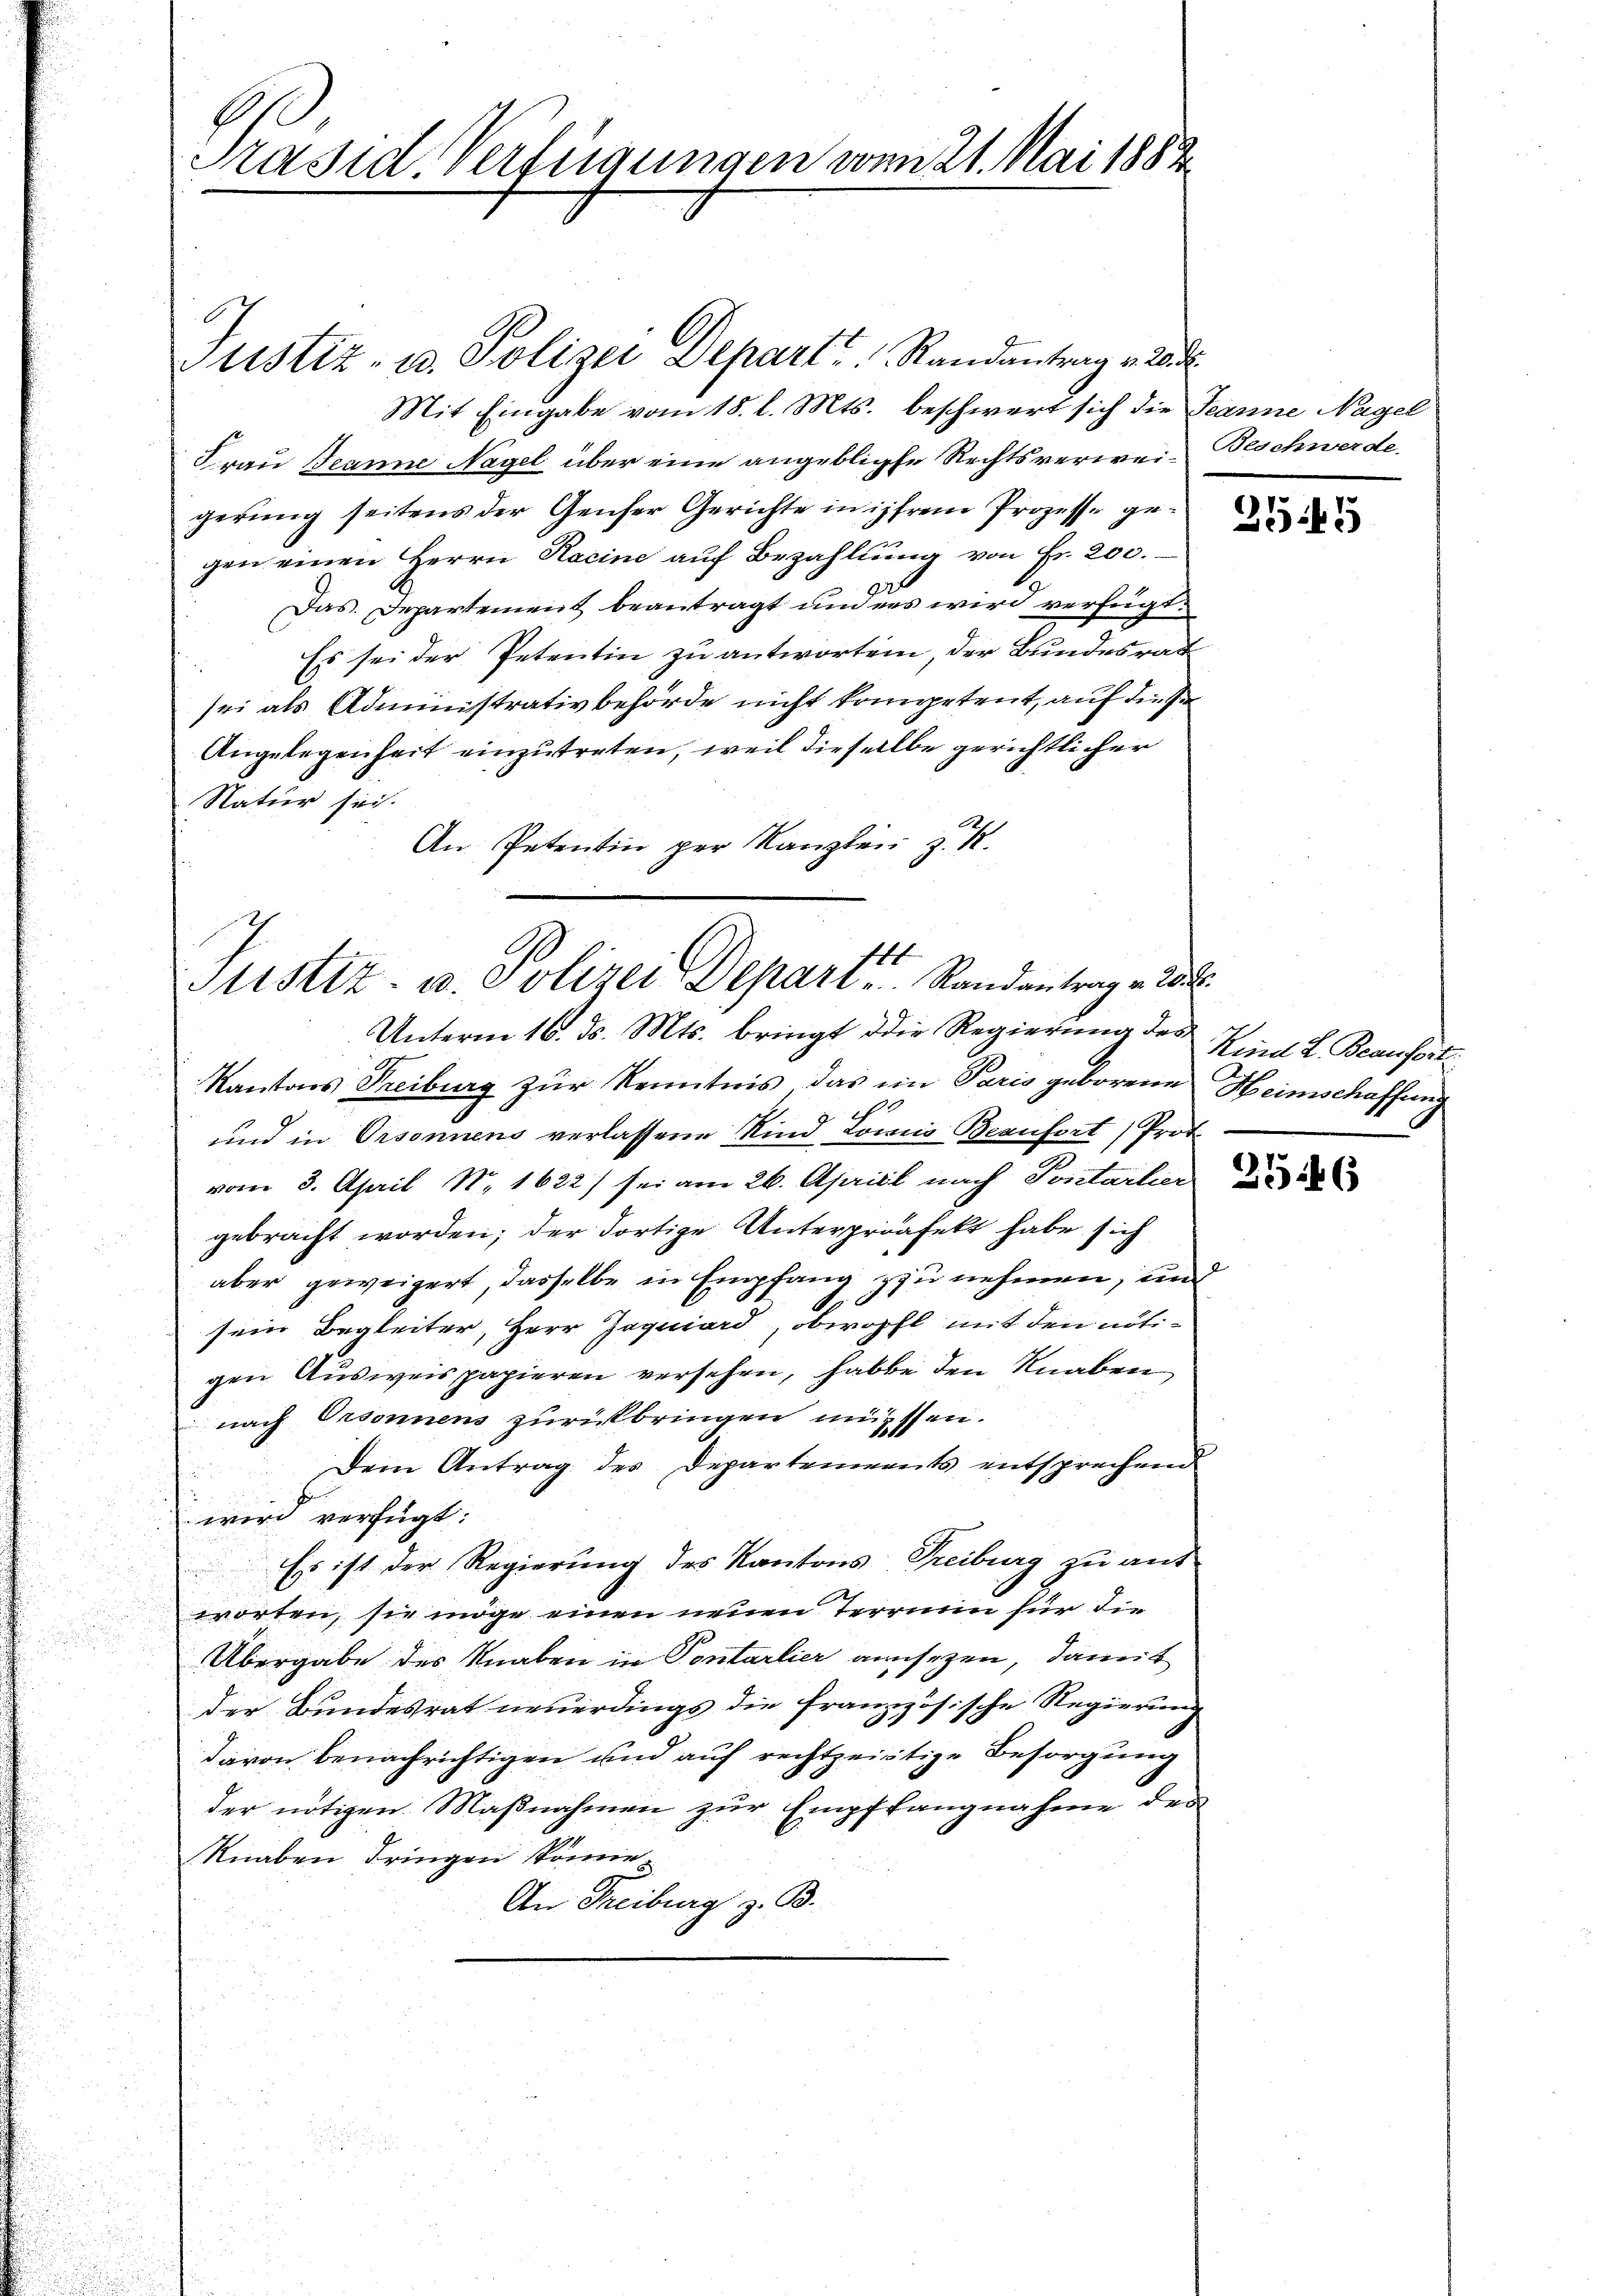
Präsid. Verfügungen vom 21. Mai 1882

Mit Eingabe vom 18. l. Mts. beschwert sich die Jeanne Nagel
Frau Branne Nagel über eine angeblichte Rechtsverwei-Beschwerde
gerung seitens der Genser Gerichte in ihrem Prozesse gegen einen Herrn Racine auf Bezahllung von Fr. 200.
Das Departement beantragt und des wird verfügt:
Es sei der Petentin zu antworten, der Bundesrat
sei als Administrativbehörde nicht kompetent, auf diese
Angelegenheit einzutreten, weil dieselbe gerichtlicher
Natur sei.
An Petentin per Kanzlei z. B.

Justiz- u. Polizei Depart Randantrag v. 2

st
Justiz- u. Polizei Depart . . . .  Randantrag v. 2.
Unterm 16. ds. Mts. bringt die Regierung des Kind L. Beaufert

Kantons Treiburg zur Kenntnis das im Paris geborene Heimschaffung
10
und in Orsonnens verlassene Kind Louis Beaufort (Prot
vom 3. April No 1622) sei am 26. Aprill nach Pontacher
gebracht worden; der dortige Unterproafekt habe sich
aber geweigert, dasselbe in Empfang zu nehmen, und
A
sein Begleiter, Herr Jaquiard, obwohl mit den nötigen Ausweispapieren versehen, habe den Knaben
nach Orsonnens zurückbringen müssen.
Dem Antrag des Departements entsprechend
wird verfügt:
Es ist der Regierung des Kantons Treiburg zu ant
worten, sie möge einen neuen Terrain für die
Übergabe des Knaben in Pontarlier ansezen, damit
der Bundesrat neuerdings die französische Regierung
davon benachrichtigen und auf rechtzeitige Besorgung
der nötigen Maßnahmen zur Empffangnahme der
Knaben dringen könne
An Freiburg z. B.

2545